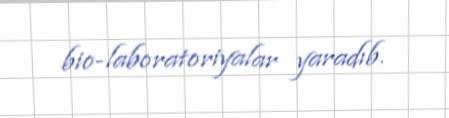
bio-laboratoriyalar yaradıb.